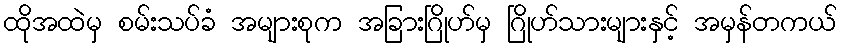
ထိုအထဲမှ စမ်းသပ်ခံ အများစုက အခြားဂြိုဟ်မှ ဂြိုဟ်သားများနှင့် အမှန်တကယ်